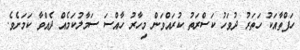
ހަފްތާއަކު ހަތަރު ދުވަހު ކަސްރަތު ކުރައްވަން މިހާރު ހާއްސަ ސަމާލުކަމެއް ދެއްވާ ކަމަށެވެ.